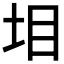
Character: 𡊟